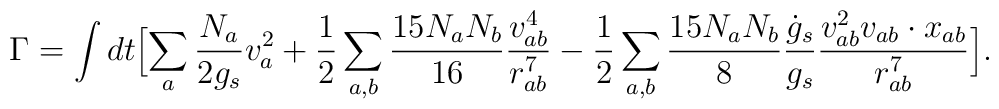
\Gamma=\int dt \Bigl[\sum_a{N_a\over 2g_s}v_a^2 + {1\over 2}\sum_{a,b}{15N_aN_ b \over 16}{v_{ab}^4 \over r_{ab}^7}-{1\over 2}\sum_{a,b}{15 N_aN_b \over 8}{\dot{g}_s \over g_s}{v_{ab}^2 v_{ab}\cdot x_{ab} \over r_{ab}^7}\Bigr] .